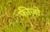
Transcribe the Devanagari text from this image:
फीज़ो